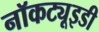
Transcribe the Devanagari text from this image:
नॉकट्यूइडी